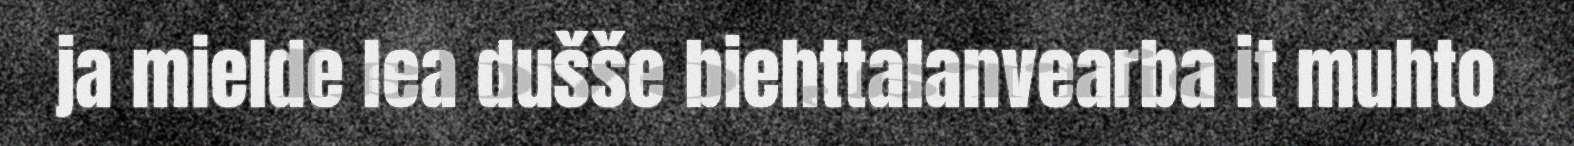
ja mielde lea dušše biehttalanvearba it muhto